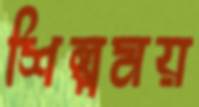
শিল্পময়